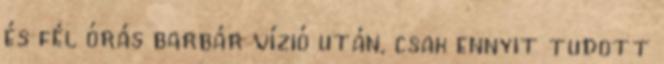
és fél órás barbár vízió után, csak ennyit tudott